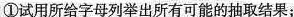
①试用所给字母列举出所有可能的抽取结果；